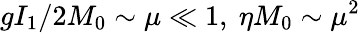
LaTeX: gI_{1}/2M_{0}\sim\mu\ll 1,~\eta M_{0}\sim\mu^{2}